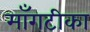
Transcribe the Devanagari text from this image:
माँगटीका